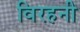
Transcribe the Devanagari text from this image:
विरहनी